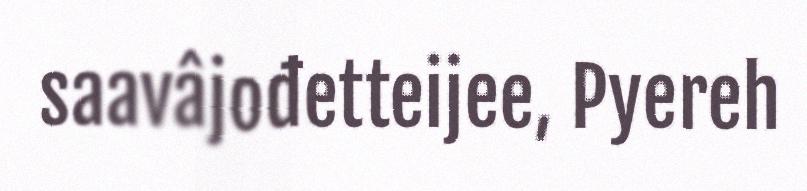
saavâjođetteijee, Pyereh